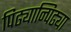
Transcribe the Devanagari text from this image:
पिढ्यान्पिढ्या